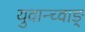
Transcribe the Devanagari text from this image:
युवान्च्वाङ्